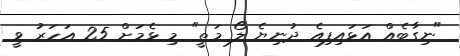
"ނިގާބެއް އަޅައިފިއެ ދުނިޔެ ލޯ މަތީ" މި ޅެމަށް 25 އަހަރު ވީ